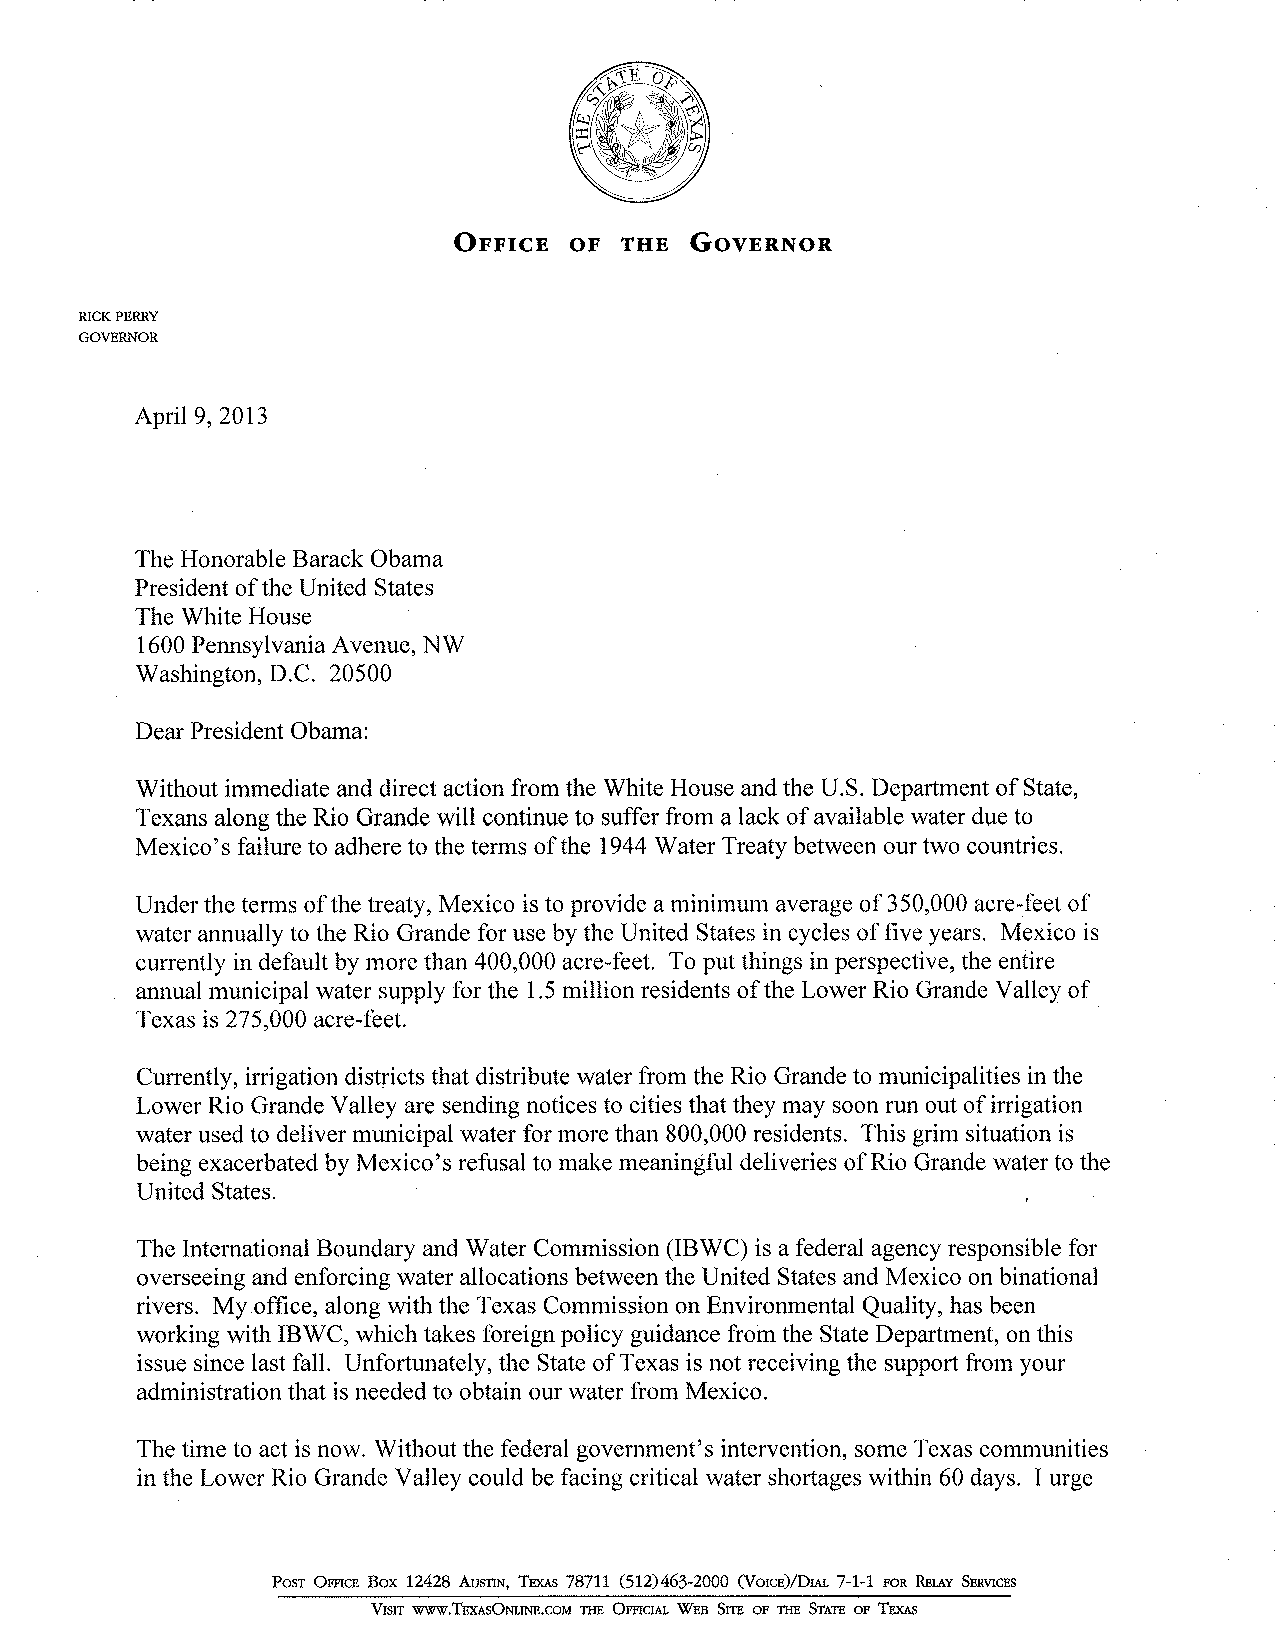
Orrrcr  oF THE  GovnnNon
 RICK PERRY
 GOVERNOR
 Aprll 9,2013
 The Honorable Barack Obama
 President of the United States
 The White House
 1600 Pennsylvania Avenue, NW
 Washington, D.C. 20500
 Dear President Obama:
 Without immediate and direct action from the White House and the U.S, Department of State,
 Texans along the Rio Grande will continue to suffer from a lack of available water due to
 Mexico's failure to adhere to the terms of the 1944 Water Treaty between our two countries,
 Under the terms of the treaty, Mexico is to provide a minimum average of 350,000 acre-feet of
 water annually to the Rio Grande for use by the United States in cycles of five years. Mexico is
 currently in default by more than 400,000 acre-feet. To put things in perspective, the entire
 annual municipal water supply for the 1.5 million residents of the Lower Rio Grande Valley of
 Texas is 275,000 acre-feet,
 Currently, irrigation districts that distribute water from the Rio Grande to municipalities in the
 Lower Rio Grande Valley are sending notices to cities that they may soon run out of irrigation
 water used to deliver municipal water for more than 800,000 residents. This grim situation is
 being exacerbated by Mexico's refusal to make meaningful deliveries of Rio Grande water to the
 United States.
 The International Boundary and'Water Commission (IBWC) is a federal agency responsible for
 overseeing and enforcing water allocations between the United States and Mexico on binational
 rivers. My office, along with the Texas Commission on Environmental Quality, has been
 working with IBWC, which takes foreign policy guidance from the State Department, on this
 issue since last fall. Unfortunately, the State of Texas is not receiving the support from your
 administration that is needed to obtain our water from Mexico.
 The time to act is now. Without the federal goverrunent's intervention, some Texas communities
 in the Lower Rio Grande Valley could be facing critical water shortages within 60 days. I urge
 Posr OrncB F,ox 12428 Ausnrv, Trxls 7871,1, (572)463-2000 (Vorcr)/Dw- 7-1-1 ron R¡rev S¡nucrs
 V¡slr wvw.TrxesO¡uNe,cou tn Orncnr wrs SlrE or r¡rs SIATE or Tø<es